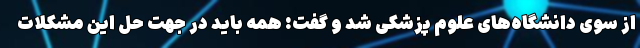
از سوی دانشگاه‌های علوم پزشکی شد و گفت: همه باید در جهت حل این مشکلات